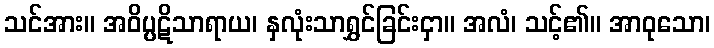
သင်အား။ အဝိပ္ပဋိသာရာယ၊ နှလုံးသာရွှင်ခြင်းငှာ။ အလံ၊ သင့်၏။ အာဝုသော၊